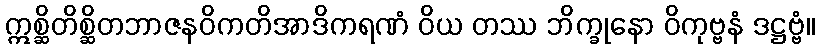
ဣစ္ဆိတိစ္ဆိတဘာဇနဝိကတိအာဒိကရဏံ ဝိယ တဿ ဘိက္ခုနော ဝိကုဗ္ဗနံ ဒဋ္ဌဗ္ဗံ။